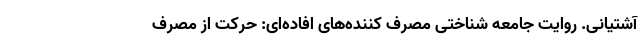
آشتیانی. روایت جامعه شناختی مصرف کننده‌های افاده‌ای: حرکت از مصرف